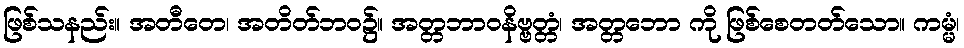
ဖြစ်သနည်း။ အတီတေ၊ အတိတ်ဘဝ၌။ အတ္တဘာဝနိဗ္ဗတ္တံ၊ အတ္တဘော ကို ဖြစ်စေတတ်သော။ ကမ္မံ၊